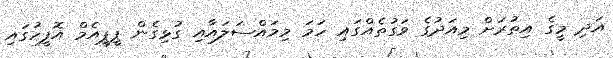
އަދި މީގެ އިތުރަށް މިއަދުގެ ވަގުތެއްގައި ހަމަ މިމައްސަލައާއި ގުޅިގެން ޕީޕީއެމް އޮފީހުގައި